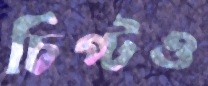
চিপ্‌টও